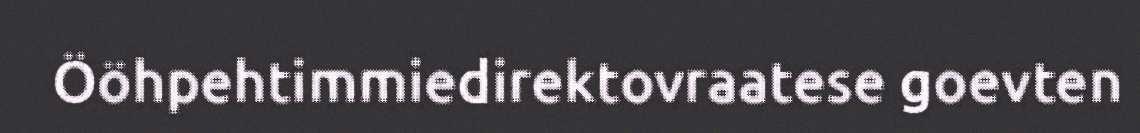
Ööhpehtimmiedirektovraatese goevten